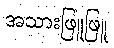
အသားဖြူဖြူ